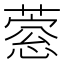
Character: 𦹎